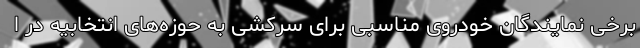
برخی نمایندگان خودروی مناسبی برای سرکشی به حوزه‌های انتخابیه در ا